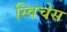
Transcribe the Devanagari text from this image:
स्विचेस